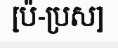
[ប៉-ប្រស]